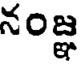
నంజ్ఞ